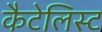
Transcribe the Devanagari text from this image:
कैटेलिस्ट